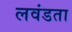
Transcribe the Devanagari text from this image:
लवंडता